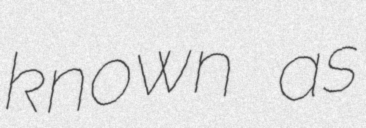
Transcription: known as